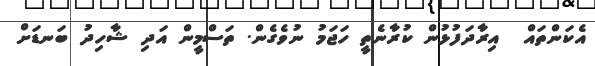
އެކަންތައް  އިރާދަފުޅުން ކުރާނެތީ ހަޖަމު ނުވެގެން. ތަސްމީން އަދި ޝާހިދު ބަނޑަށް